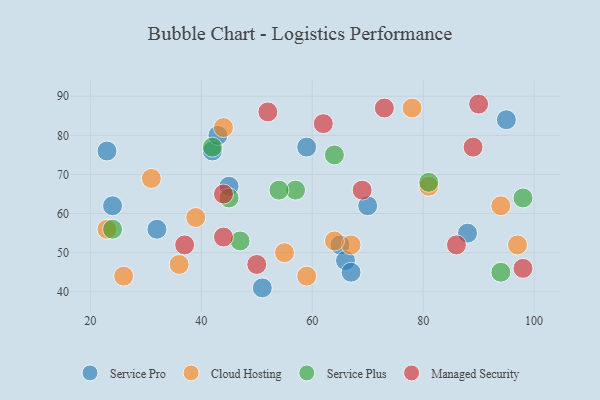
{"axis": {"x": "GDP", "y": "Life Expectancy"}, "legend": ["Cloud Hosting", "Managed Security", "Service Plus", "Service Pro"], "data": [{"x": "42", "y": 76, "type": "Service Pro"}, {"x": "59", "y": 77, "type": "Service Pro"}, {"x": "88", "y": 55, "type": "Service Pro"}, {"x": "43", "y": 80, "type": "Service Pro"}, {"x": "45", "y": 67, "type": "Service Pro"}, {"x": "95", "y": 84, "type": "Service Pro"}, {"x": "24", "y": 62, "type": "Service Pro"}, {"x": "23", "y": 76, "type": "Service Pro"}, {"x": "65", "y": 52, "type": "Service Pro"}, {"x": "66", "y": 48, "type": "Service Pro"}, {"x": "32", "y": 56, "type": "Service Pro"}, {"x": "70", "y": 62, "type": "Service Pro"}, {"x": "51", "y": 41, "type": "Service Pro"}, {"x": "67", "y": 45, "type": "Service Pro"}, {"x": "94", "y": 62, "type": "Cloud Hosting"}, {"x": "97", "y": 52, "type": "Cloud Hosting"}, {"x": "78", "y": 87, "type": "Cloud Hosting"}, {"x": "26", "y": 44, "type": "Cloud Hosting"}, {"x": "67", "y": 52, "type": "Cloud Hosting"}, {"x": "23", "y": 56, "type": "Cloud Hosting"}, {"x": "55", "y": 50, "type": "Cloud Hosting"}, {"x": "44", "y": 82, "type": "Cloud Hosting"}, {"x": "31", "y": 69, "type": "Cloud Hosting"}, {"x": "36", "y": 47, "type": "Cloud Hosting"}, {"x": "64", "y": 53, "type": "Cloud Hosting"}, {"x": "81", "y": 67, "type": "Cloud Hosting"}, {"x": "59", "y": 44, "type": "Cloud Hosting"}, {"x": "39", "y": 59, "type": "Cloud Hosting"}, {"x": "57", "y": 66, "type": "Service Plus"}, {"x": "54", "y": 66, "type": "Service Plus"}, {"x": "47", "y": 53, "type": "Service Plus"}, {"x": "45", "y": 64, "type": "Service Plus"}, {"x": "81", "y": 68, "type": "Service Plus"}, {"x": "94", "y": 45, "type": "Service Plus"}, {"x": "64", "y": 75, "type": "Service Plus"}, {"x": "24", "y": 56, "type": "Service Plus"}, {"x": "42", "y": 77, "type": "Service Plus"}, {"x": "98", "y": 64, "type": "Service Plus"}, {"x": "44", "y": 54, "type": "Managed Security"}, {"x": "69", "y": 66, "type": "Managed Security"}, {"x": "37", "y": 52, "type": "Managed Security"}, {"x": "73", "y": 87, "type": "Managed Security"}, {"x": "44", "y": 65, "type": "Managed Security"}, {"x": "50", "y": 47, "type": "Managed Security"}, {"x": "86", "y": 52, "type": "Managed Security"}, {"x": "90", "y": 88, "type": "Managed Security"}, {"x": "98", "y": 46, "type": "Managed Security"}, {"x": "89", "y": 77, "type": "Managed Security"}, {"x": "62", "y": 83, "type": "Managed Security"}, {"x": "52", "y": 86, "type": "Managed Security"}]}